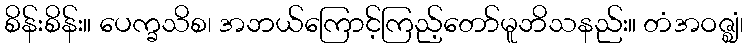
စိန်းစိန်း။ ပေက္ခသိစ၊ အဘယ်ကြောင့်ကြည့်တော်မူဘိသနည်း။ တံအဝဇ္ဈံ၊